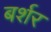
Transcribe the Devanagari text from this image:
बर्शर